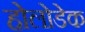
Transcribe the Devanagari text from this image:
होलोडेक